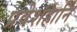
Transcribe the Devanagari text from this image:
प्रवेशहानि